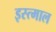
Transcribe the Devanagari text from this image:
इस्त्माल